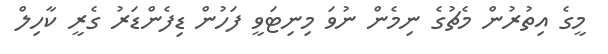
މީގެ އިތުރުން މެޗުގެ ނިމެން ނުވަ މިނިޓަވީ ފަހުން ޑިފެންޑަރު ގެރީ ކާހިލް